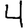
Digit: 4